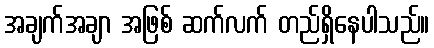
အချက်အချာ အဖြစ် ဆက်လက် တည်ရှိနေပါသည်။